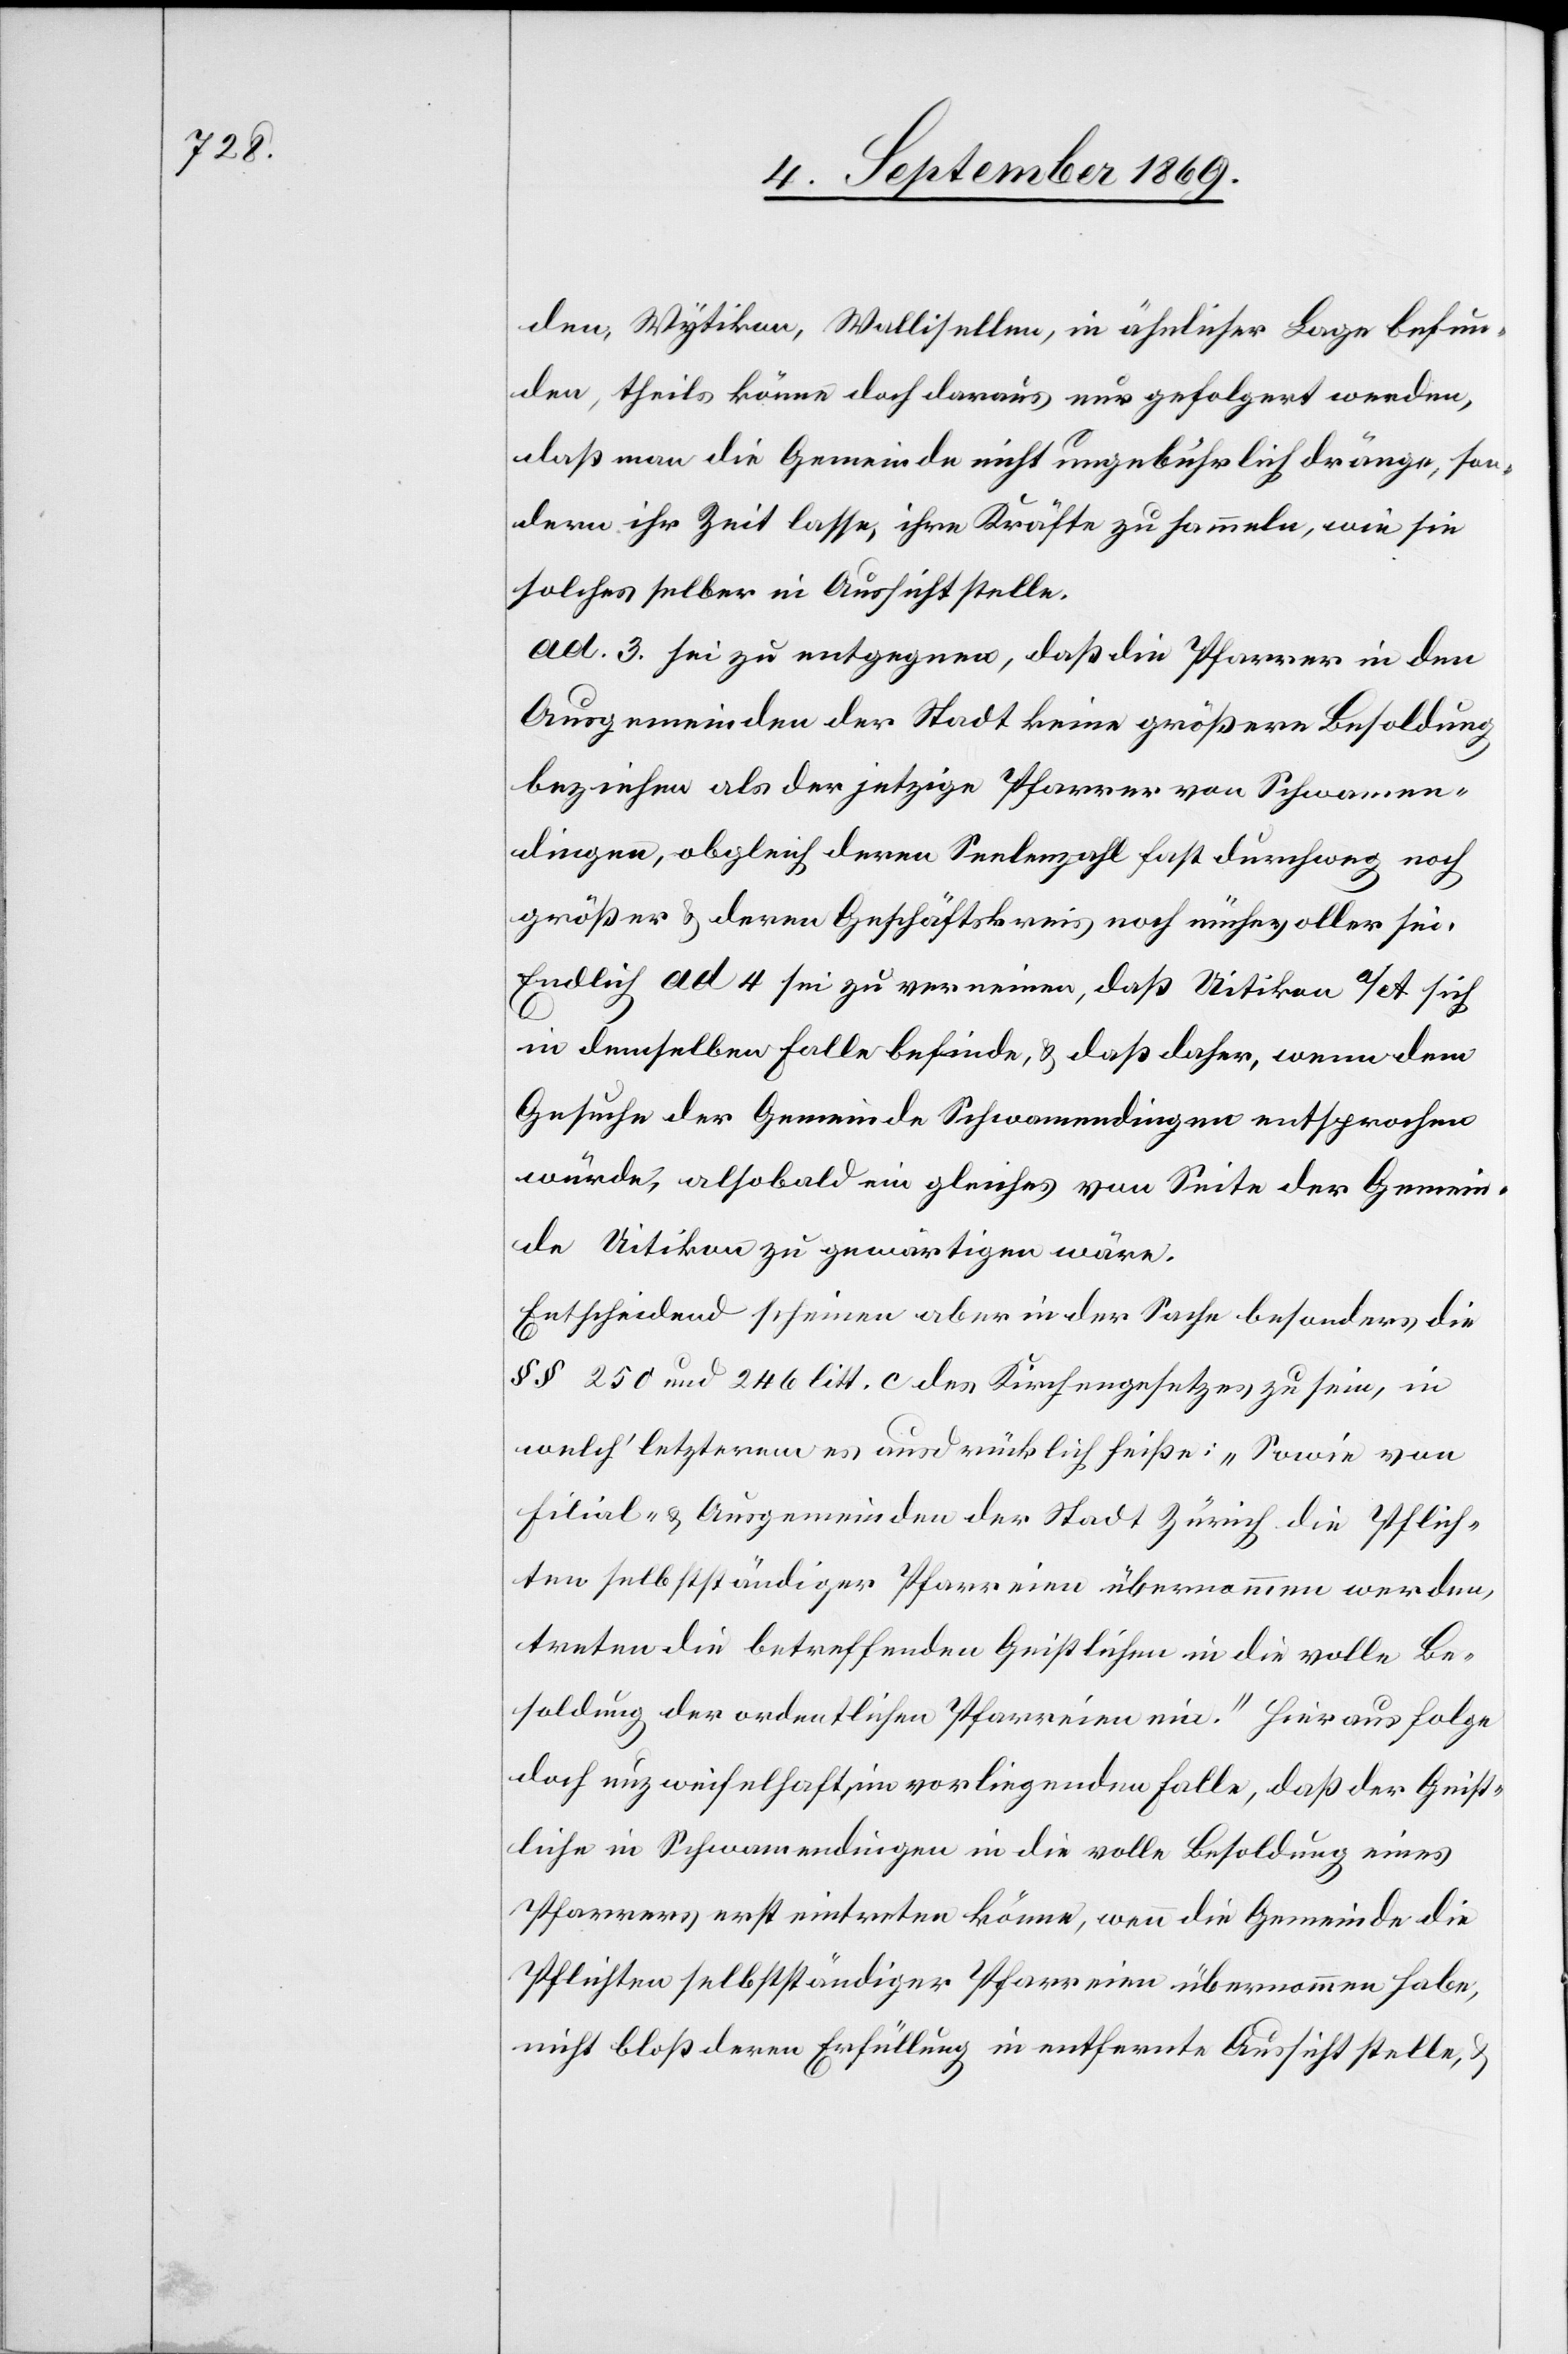
den, Wytikon, Wallisellen, in ähnlicher Lage befun¬
den, theils könne doch daraus nur gefolgert werden,
daß man die Gemeinde nicht ungebührlich dränge, son¬
dern ihr Zeit lasse, ihre Kräfte zu sammeln, wie sie
solches selber in Aussicht stelle.
ad. 3. sei zu entgegnen, daß die Pfarrer in den
Ausgemeinden der Stadt keine größere Besoldung
beziehen als der jetzige Pfarrer von Schwamen¬
dingen, obgleich deren Seelenzahl fast durchweg noch
größer & deren Geschäftskreis noch mühevoller sei.
Endlich ad 4 sei zu verneinen, daß Uitikon a/A sich
in demselben Falle befinde, & daß daher, wenn dem
Gesuche der Gemeinde Schwamendingen entsprochen
würde, alsobald ein gleiches von Seite der Gemein¬
de Uitikon zu gewärtigen wäre.
Entscheidend scheinen aber in der Sache besonders die
§§ 250 und 246 litt. c des Kirchengesetzes zu sein, in
welch’ letzterem es ausdrücklich heiße: „Sowie von
Filial- & Ausgemeinden der Stadt Zürich die Pflich¬
ten selbstständiger Pfarreien übernommen werden,
treten die betreffenden Geistlichen in die volle Be¬
soldung der ordentlichen Pfarreien ein.“ Hieraus folge
doch unzweifelhaft, im vorliegenden Falle, daß der Geist¬
liche in Schwamendingen in die volle Besoldung eines
Pfarrers erst eintreten könne, wenn die Gemeinde die
Pflichten selbstständiger Pfarreien übernommen habe,
nicht bloß deren Erfüllung in entfernte Aussicht stelle, &